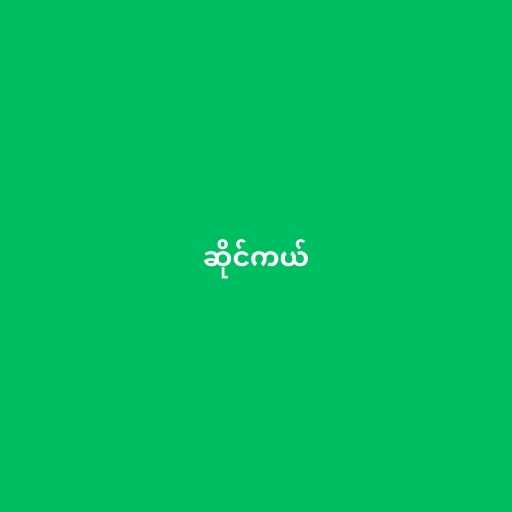
ဆိုင်ကယ်